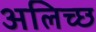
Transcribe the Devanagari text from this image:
अलिच्छ